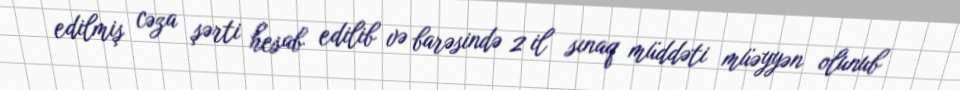
edilmiş cəza şərti hesab edilib və barəsində 2 il sınaq müddəti müəyyən olunub